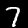
Digit: 7